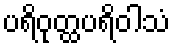
ပရိဝုတ္ထပရိဝါသံ